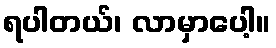
ရပါတယ်၊ လာမှာပေါ့။